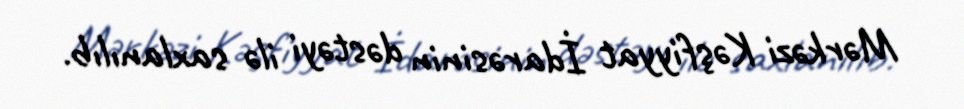
Mərkəzi Kəşfiyyat İdarəsinin dəstəyi ilə saxlanılıb.